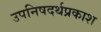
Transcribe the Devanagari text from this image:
उपनिषदर्थप्रकाश